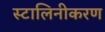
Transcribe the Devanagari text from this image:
स्टालिनीकरण